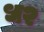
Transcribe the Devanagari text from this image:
ध२